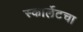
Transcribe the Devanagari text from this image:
स्कार्लेटचा